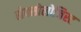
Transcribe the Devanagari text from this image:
सेक्सोलोजिस्ट